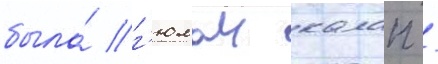
была́ г'юлаи калап /